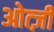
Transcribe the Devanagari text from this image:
ओत्ज़ी